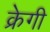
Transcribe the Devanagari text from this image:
क्रेगी